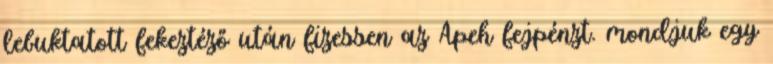
lebuktatott fekeztéző után fizessen az Apeh fejpénzt. mondjuk egy